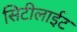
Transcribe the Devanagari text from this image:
सिटीलाईट